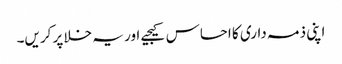
اپنی ذمہ داری کا احساس کیجیے اور یہ خلا پر کریں۔